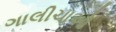
ગાલીચાઓ